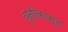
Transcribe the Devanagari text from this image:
यूनीकास्ट